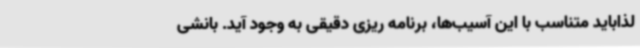
لذاباید متناسب با این آسیب‌ها، برنامه ریزی دقیقی به وجود آید. بانشی